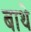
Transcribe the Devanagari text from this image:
बाथे